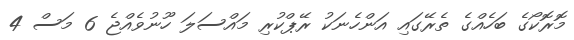
މޮރޮކޯގެ ބަހެއްގެ ތެރޭގައި އަންހެނަކު ރޭޕްކުރި މައްސަލަ ހޫނުވެއްޖެ 6 މަސް 4